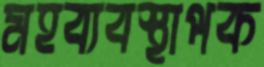
মহব্যবস্থাপক